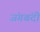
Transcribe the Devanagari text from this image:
जंगबंदी